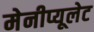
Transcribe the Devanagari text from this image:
मेनीप्यूलेट